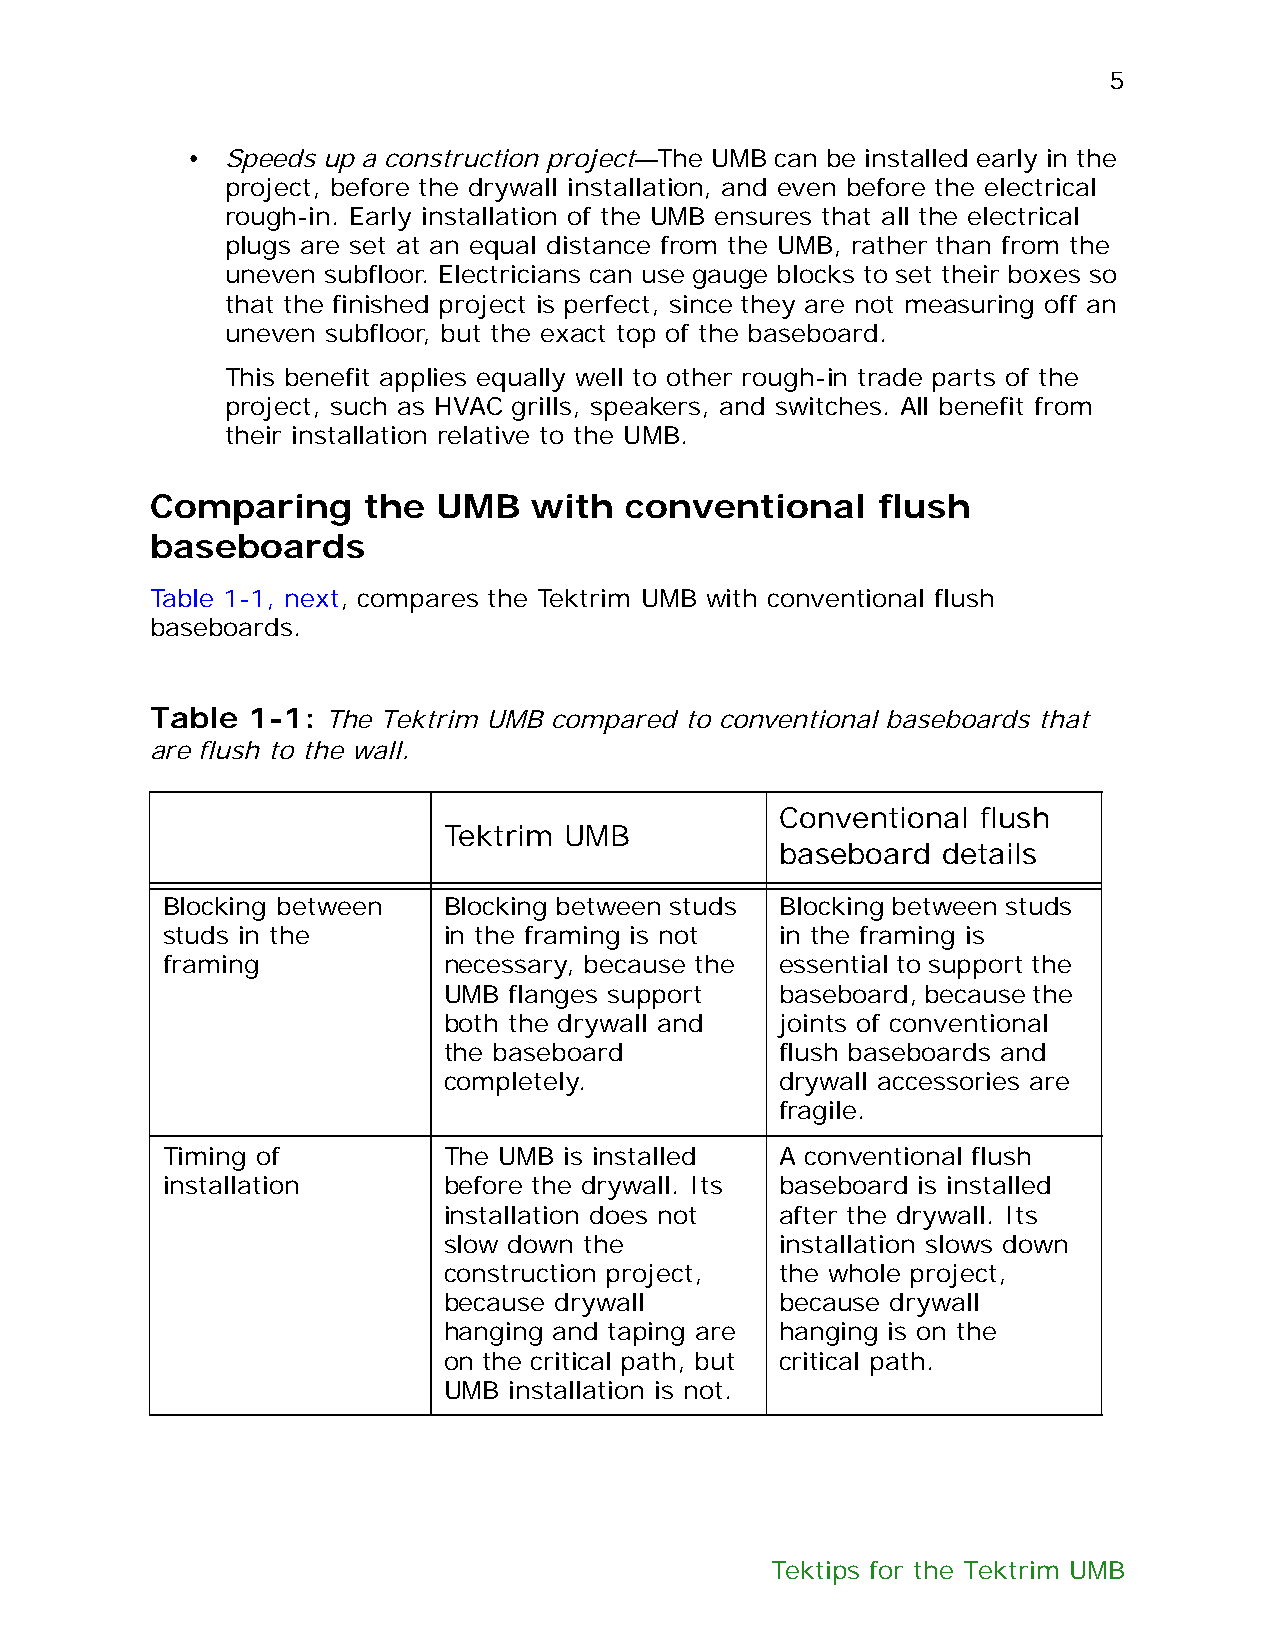
5
 •  Speeds up a construction project—The UMB can be installed early in the
 project, before the drywall installation, and even before the electrical
 rough-in. Early installation of the UMB ensures that all the electrical
 plugs are set at an equal distance from the UMB, rather than from the
 uneven subfloor. Electricians can use gauge blocks to set their boxes so
 that the finished project is perfect, since they are not measuring off an
 uneven subfloor, but the exact top of the baseboard.
 This benefit applies equally well to other rough-in trade parts of the
 project, such as HVAC grills, speakers, and switches. All benefit from
 their installation relative to the UMB.
 Comparing     the  UMB   with  conventional     flush
 baseboards
 Table 1-1, next, compares the Tektrim UMB with conventional flush
 baseboards.
 Table 1-1:  The Tektrim UMB compared to conventional baseboards that
 are flush to the wall.
 Conventional flush
 Tektrim UMB
 baseboard details
 Blocking between  Blocking between studs Blocking between studs
 studs in the      in the framing is not  in the framing is
 framing           necessary, because the essential to support the
 UMB  flanges support   baseboard, because the
 both the drywall and   joints of conventional
 the baseboard          flush baseboards and
 completely.            drywall accessories are
 fragile.
 Timing of         The UMB is installed   A conventional flush
 installation      before the drywall. Its baseboard is installed
 installation does not  after the drywall. Its
 slow down the          installation slows down
 construction project,  the whole project,
 because drywall        because drywall
 hanging and taping are hanging is on the
 on the critical path, but critical path.
 UMB  installation is not.
 Tektips for the Tektrim UMB